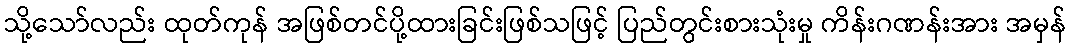
သို့သော်လည်း ထုတ်ကုန် အဖြစ်တင်ပို့ထားခြင်းဖြစ်သဖြင့် ပြည်တွင်းစားသုံးမှု ကိန်းဂဏန်းအား အမှန်